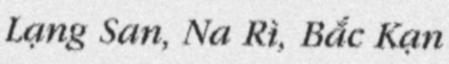
Lạng San, Na Rì, Bắc Kạn